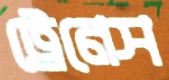
ট্রেনেস